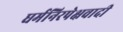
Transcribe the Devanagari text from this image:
धर्मनिरपेक्षवादी